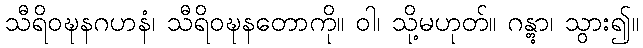
သီရိဝဍ္ဎနဂဟနံ၊ သီရိဝဍ္ဎနတောကို။ ဝါ၊ သို့မဟုတ်။ ဂန္တွာ၊ သွား၍။